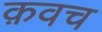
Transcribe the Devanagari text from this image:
क़वच